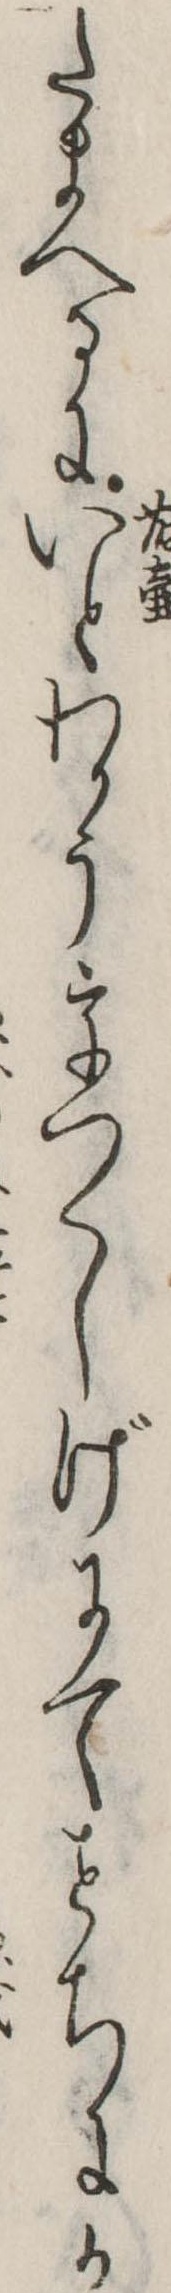
たまへるにいとわかううつくしげにてせちにか